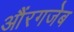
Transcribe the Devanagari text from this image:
औंरगजेब